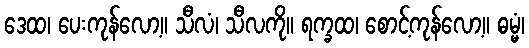
ဒေထ၊ ပေးကုန်လော့။ သီလံ၊ သီလကို။ ရက္ခထ၊ စောင့်ကုန်လော့။ ဓမ္မံ၊